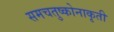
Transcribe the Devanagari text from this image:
समचतुष्कोनाकृती